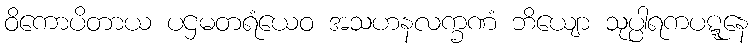
ဝိကောပိတာယ ပဌမတရံယေဝ အသဟနလက္ခဏံ ဘိယျော သုပ္ပါရကပဋ္ဋနေ